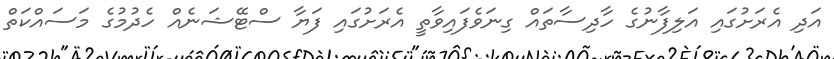
އަދި އެރަށުގައި އަލިފާނުގެ ހާދިސާތައް ގިނަވެފައިވާތީ އެރަށުގައި ފަޔާ ސްޓޭޝަނެއް ހެދުމުގެ މަސައްކަތް